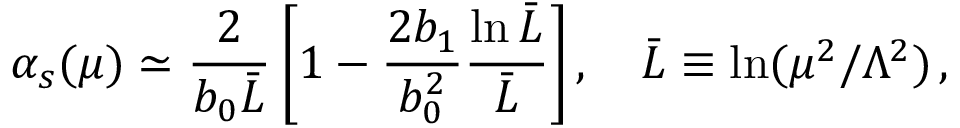
\alpha _ { s } ( \mu ) \simeq { \frac { 2 } { b _ { 0 } \bar { L } } } \left[ 1 - \frac { 2 b _ { 1 } } { b _ { 0 } ^ { 2 } } \frac { \ln \bar { L } } { \bar { L } } \right] , \quad \bar { L } \equiv \ln ( \mu ^ { 2 } / \Lambda ^ { 2 } ) \, ,